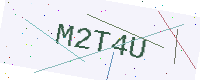
Text: M2T4U